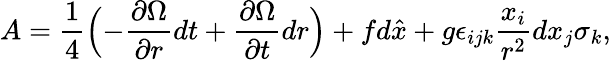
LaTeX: A=\frac{1}{4}\Bigl(-\frac{\partial\Omega}{\partial r}dt+\frac{\partial\Omega}{\partial t}dr\Bigr)+fd\hat{x}+g\epsilon_{ijk}\frac{x_{i}}{r^{2}}dx_{j}\sigma_{k},